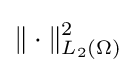
\|\cdot \|_{L_{2}(\Omega )}^{2}